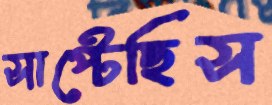
সাপ্‌টেছিস